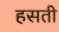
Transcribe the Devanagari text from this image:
हसती